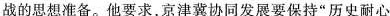
战的思想准备。他要求，京津冀协同发展要保持”历史耐心